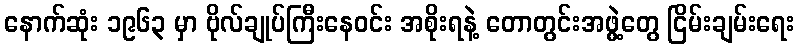
နောက်ဆုံး ၁၉၆၃ မှာ ဗိုလ်ချုပ်ကြီးနေဝင်း အစိုးရနဲ့ တောတွင်းအဖွဲ့တွေ ငြိမ်းချမ်းရေး